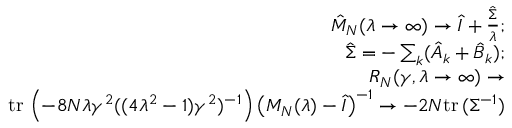
\begin{array} { r l r } & { } & { \hat { M } _ { N } ( \lambda \to \infty ) \to \hat { I } + \frac { \hat { \Sigma } } { \lambda } ; } \\ & { } & { \hat { \Sigma } = - \sum _ { k } ( \hat { A } _ { k } + \hat { B } _ { k } ) ; } \\ & { } & { R _ { N } ( \gamma , \lambda \to \infty ) \to } \\ & { } & { \mathrm { t r } \, \left( - 8 N \lambda \gamma ^ { 2 } ( ( 4 \lambda ^ { 2 } - 1 ) \gamma ^ { 2 } ) ^ { - 1 } \right) \left( M _ { N } ( \lambda ) - \hat { I } \right) ^ { - 1 } \to - 2 N \mathrm { t r } \, ( \Sigma ^ { - 1 } ) } \end{array}